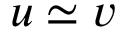
u \simeq v